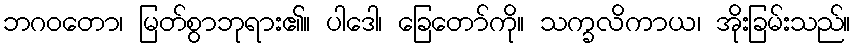
ဘဂဝတော၊ မြတ်စွာဘုရား၏။ ပါဒေါ၊ ခြေတော်ကို။ သက္ခလိကာယ၊ အိုးခြမ်းသည်။